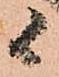
候